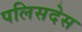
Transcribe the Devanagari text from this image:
पलिसदेस